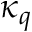
\kappa _ { q }